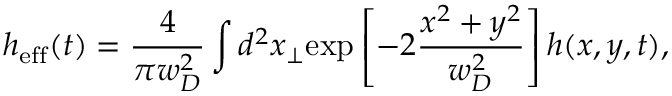
h _ { \mathrm { e f f } } ( t ) = \frac { 4 } { \pi w _ { D } ^ { 2 } } \int d ^ { 2 } x _ { \perp } \mathrm { e x p } \left[ - 2 \frac { x ^ { 2 } + y ^ { 2 } } { w _ { D } ^ { 2 } } \right] h ( x , y , t ) ,